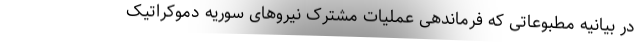
در بیانیه مطبوعاتی که فرماندهی عملیات مشترک نیروهای سوریه دموکراتیک